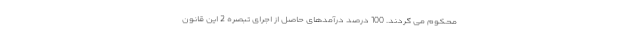
محکوم می گردند. 100 درصد درآمدهای حاصل از اجرای تبصره 2 این قانون